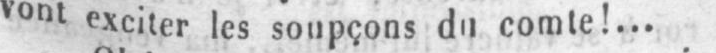
vont exciter les soupçons du comte!...